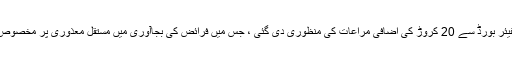
آئی جی سندھ کی ہدایت پر ویلفیئر بورڈ سے 20 کروڑ کی اضافی مراعات کی منظوری دی گئی ، جس میں فرائض کی بجاآوری میں مستقل معذوری پر مخصوص موٹر سائیکلیں دی جائیں گی۔